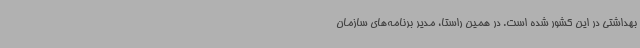
بهداشتی در این کشور شده است. در همین راستا، مدیر برنامه‌های سازمان